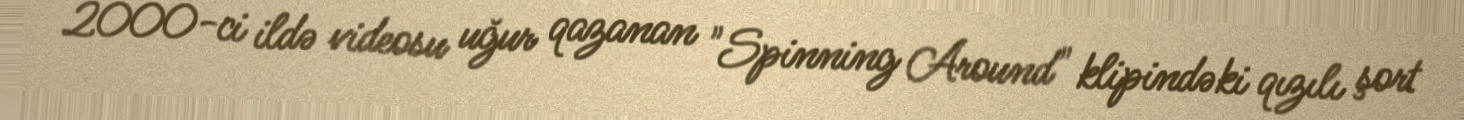
2000-ci ildə videosu uğur qazanan "Spinning Around" klipindəki qızılı şort